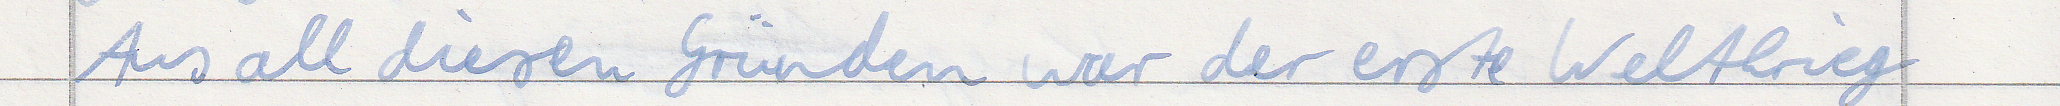
Aus all diesen Gründen war der erste Weltkrieg